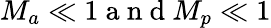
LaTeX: {{M}_{a}}\ll 1\mathrm{~a~n~d~}{{M}_{p}}\ll 1